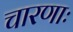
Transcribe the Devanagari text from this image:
चारणाः